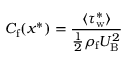
C _ { \mathrm { f } } ( x ^ { * } ) = \frac { \langle \tau _ { \mathrm { w } } ^ { * } \rangle } { \frac { 1 } { 2 } \rho _ { \mathrm { f } } U _ { \mathrm { B } } ^ { 2 } }